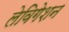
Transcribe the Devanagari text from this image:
लेविगेशन